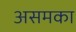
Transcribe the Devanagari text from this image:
असमका